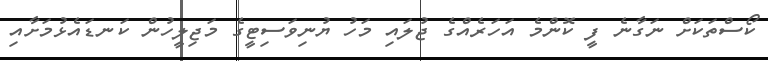
ކޯސްތަކަށް ނަގާނެ ފީ ކޮންމެ އަހަރެއްގެ ޖުލައި މަހު ޔުނިވަސިޓީގެ މަޖިލީހުން ކަނޑައެޅުމަށާއި